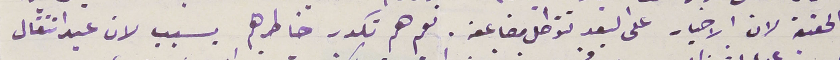
الحقيقة لان الاخبار على البعد تتواصل مضاعفه . نعم هم تكدر خاطرهم بسبب لان عيد انتقال